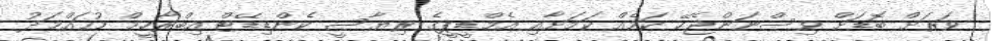
ވަރަށް ބޮޑަށް ވިސްނަންޖެހޭ ކަމެއް ކަމަށާއި އެމްޑީޕީގެ ރިޔާސީ ކެންޑިޑޭޓް އިބްރާހީމް މުޙައްމަދު